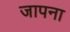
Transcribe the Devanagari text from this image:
जापना